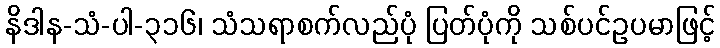
နိဒါန-သံ-ပါ-၃၁၆၊ သံသရာစက်လည်ပုံ ပြတ်ပုံကို သစ်ပင်ဥပမာဖြင့်